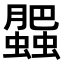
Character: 𧓖